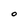
Character: O